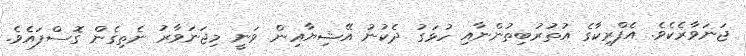
ޖަނަވާރެކެވެ. އެފްރިކާގެ އުތުރުބިތުންނާއި ހުޅަގު ދެކުނު އޭޝިޔާއިން ވަނީ މިޖަނަވާރު ނެތިގެން ގޮސްފައެވެ.